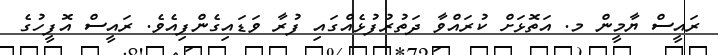
ރައީސް ޔާމީން މ. އަތޮޅަށް ކުރައްވާ ދަތުރުފުޅެއްގައި ފުރާ ވަޑައިގެންފިއެވެ. ރައީސް އޮފީހުގެ